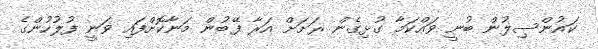
ކައުންސިލުން ބުނީ ވައްކަމާ ގުޅިގެން ރަށަށް އަރާ ފޭބުން މަނާކޮށްފައި ވަނީ ފުލުހުންގެ